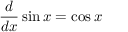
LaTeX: { \frac { d } { d x } } \sin x = \cos x